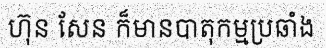
ហ៊ុន សែន ក៏មានបាតុកម្មប្រឆាំង